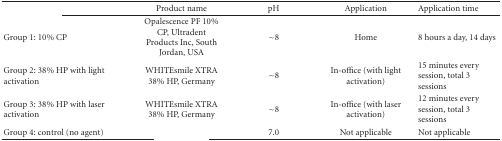
<table><thead><tr><td>[EMPTY_CELL]</td><td><b>Product name</b></td><td><b>pH</b></td><td><b>Application</b></td><td><b>Application time</b></td></tr></thead><tbody><tr><td> Group 1: 10% CP</td><td>Opalescence PF 10% CP, Ultradent Products Inc, South Jordan, USA</td><td>~8</td><td>Home</td><td>8 hours a day, 14 days</td></tr><tr><td>Group 2: 38% HP with light activation</td><td>WHITEsmile XTRA 38% HP, Germany</td><td>~8</td><td>In-office (with light activation)</td><td>15 minutes every session, total 3 sessions</td></tr><tr><td>Group 3: 38% HP with laser activation</td><td>WHITEsmile XTRA 38% HP, Germany</td><td>~8</td><td>In-office (with laser activation)</td><td>12 minutes every session, total 3 sessions</td></tr><tr><td>Group 4: control (no agent)</td><td>[EMPTY_CELL]</td><td>7.0</td><td>Not applicable</td><td>Not applicable</td></tr></tbody></table>